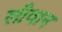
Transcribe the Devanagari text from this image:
लीवान